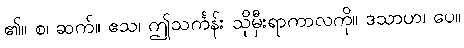
၏။ စ၊ ဆက်။ ဧသ၊ ဤသင်္ကန်း သိုမှီးရာကာလကို။ ဒသာဟ၊ ပေ။